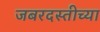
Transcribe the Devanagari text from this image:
जबरदस्तीच्या